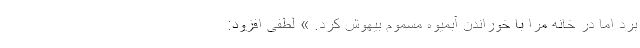
برد اما در خانه مرا با خوراندن آبمیوه مسموم بیهوش کرد. » لطفی افزود: